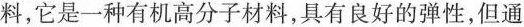
料，它是一种有机高分子材料，具有良好的弹性，但通